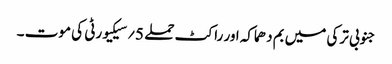
جنوبی ترکی میں بم دھماکہ اور راکٹ حملے 5؍سیکیورٹی کی موت ۔